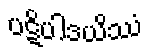
ပဋိပါဒယိဿံ